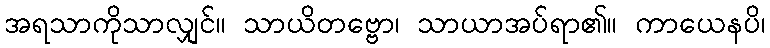
အရသာကိုသာလျှင်။ သာယိတဗ္ဗော၊ သာယာအပ်ရာ၏။ ကာယေနပိ၊